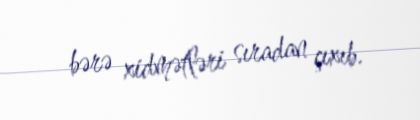
bərə xidmətləri sıradan çıxıb.